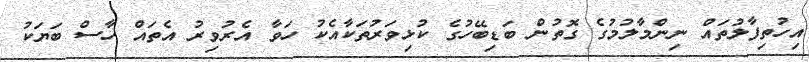
އިހުތިފާލުތައް ނިންމާލުމުގެ ގޮތުން ބަޑިބޭހުގެ ކުޅިވަރުތަކާއެކު ހަވާ އެރުވިރު އެތައް ހާސް ބަޔަކު